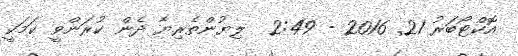
އޮކްޓޯބަރު 21